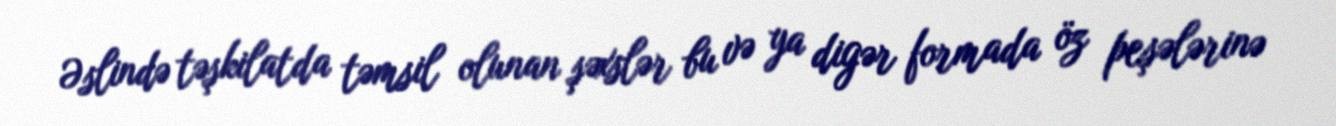
Əslində təşkilatda təmsil olunan şəxslər bu və ya digər formada öz peşələrinə